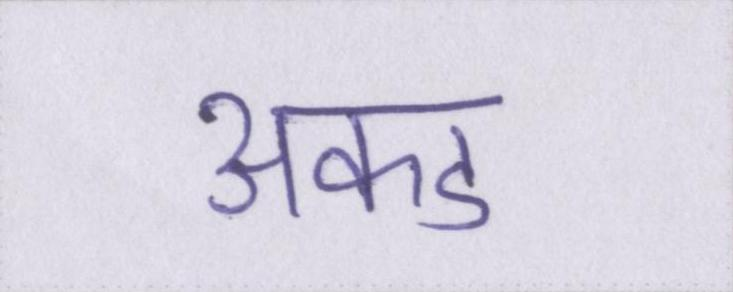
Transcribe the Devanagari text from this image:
अकड